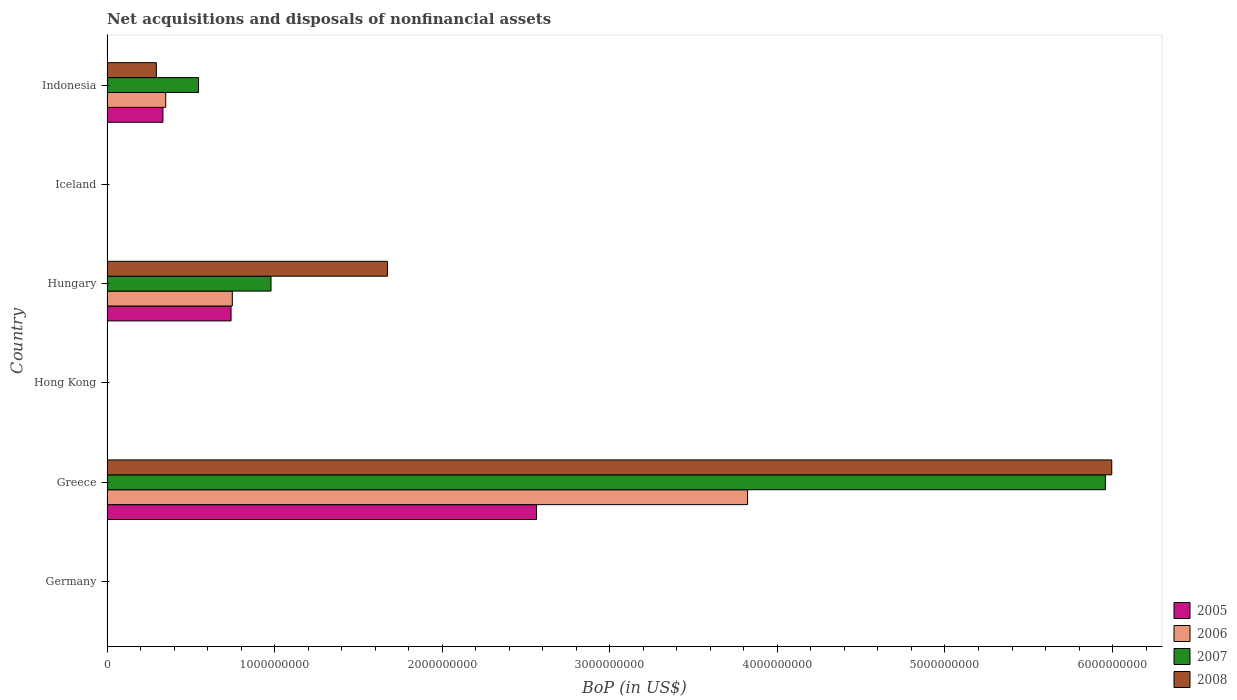
| Country | 2005 | 2006 | 2007 | 2008 |
 | --- | --- | --- | --- | --- |
 | Germany | -3e+09 | -1.72e+09 | -2.32e+09 | -1.22e+09 |
 | Greece | 2.56e+09 | 3.82e+09 | 5.96e+09 | 6e+09 |
 | Hong Kong | -7.45e+07 | -9.85e+07 | -8.71e+07 | -2.52e+08 |
 | Hungary | 7.4e+08 | 7.48e+08 | 9.79e+08 | 1.67e+09 |
 | Iceland | -6.46e+06 | -7.3e+06 | -1.4e+07 | -1.16e+07 |
 | Indonesia | 3.34e+08 | 3.5e+08 | 5.46e+08 | 2.94e+08 |